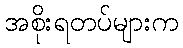
အစိုးရတပ်များက